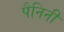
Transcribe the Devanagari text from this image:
पैनिनी